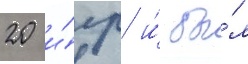
20 и́гр и́ бы́л